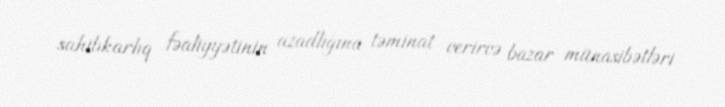
sahibkarlıq fəaliyyətinin azadlığına təminat verirvə bazar münasibətləri